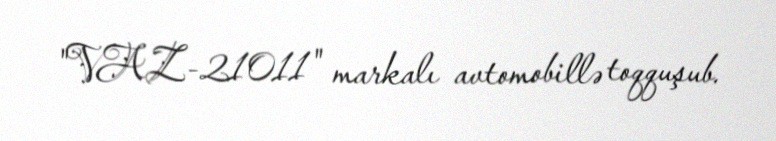
"VAZ-21011" markalı avtomobillə toqquşub.